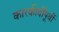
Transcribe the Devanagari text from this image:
कारकीर्दीपूर्वी